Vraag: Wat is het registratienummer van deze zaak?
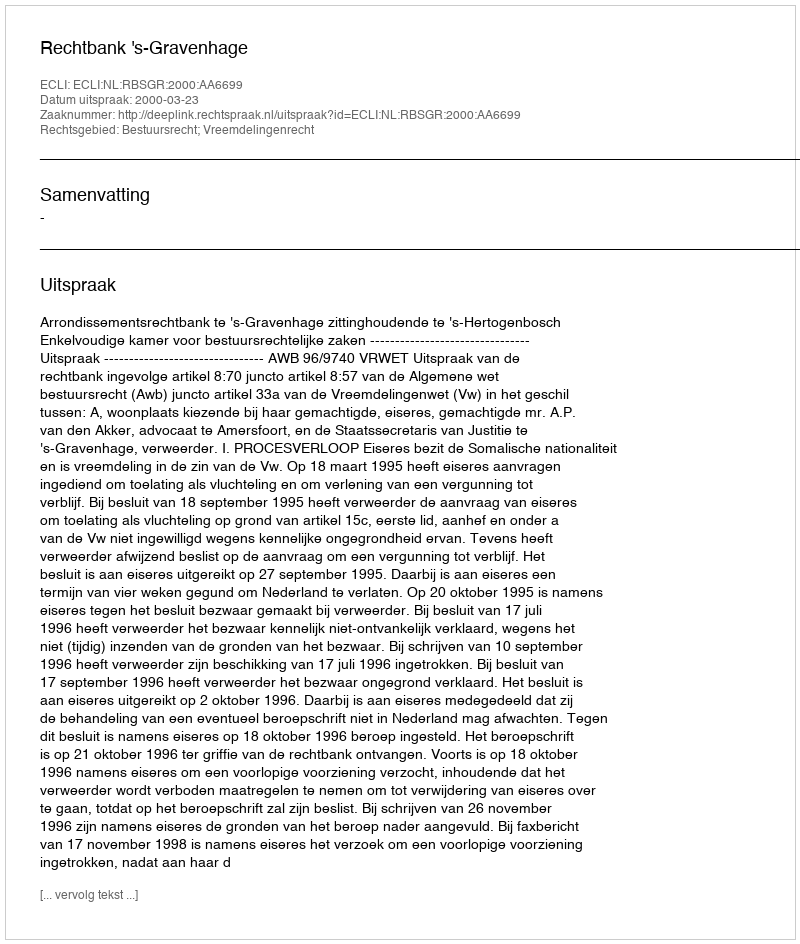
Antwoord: http://deeplink.rechtspraak.nl/uitspraak?id=ECLI:NL:RBSGR:2000:AA6699